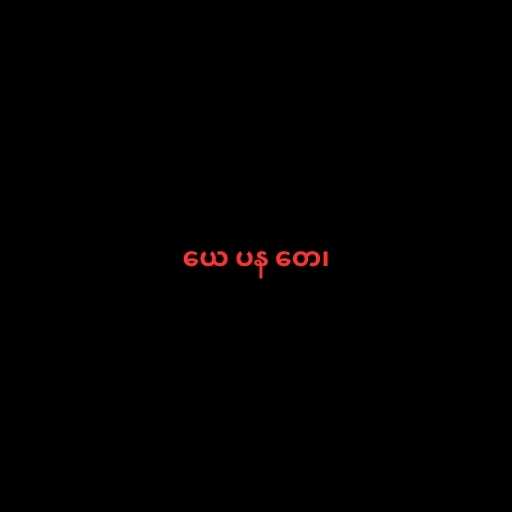
ယေ ပန တေ၊